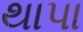
થાપા